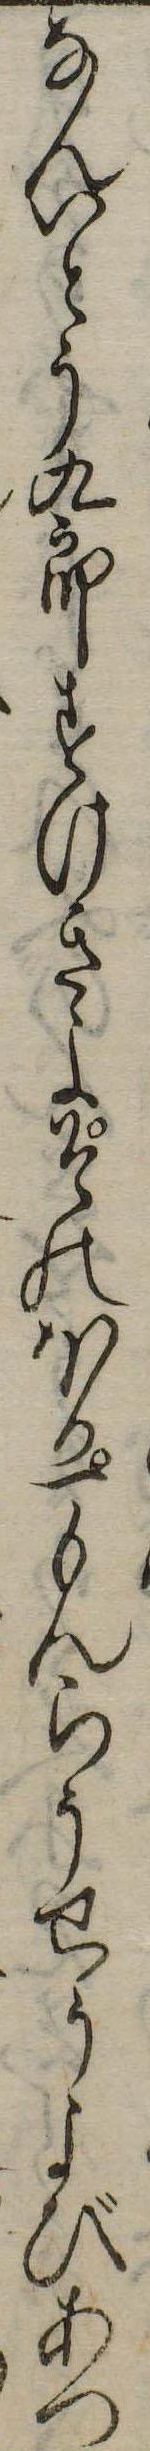
なんいとう九郎すけきよそのほか一もんらうせうよびあつ